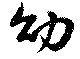
幼